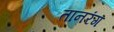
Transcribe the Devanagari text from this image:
तानरंग